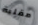
مقلية